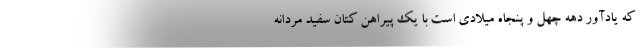
که یادآور دهه چهل و پنجاه میلادی است با یک پیراهن کتان سفید مردانه